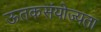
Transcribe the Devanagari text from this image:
ऊतकसंयोज्यता